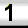
Digit: 1